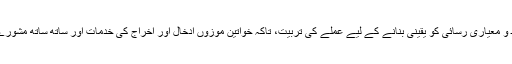
بایر ہیلتھ کیئر اے جی خدمات کی فراہمی کے بنیادی ڈھانچے اور عورتوں کو محفوظ و معیاری رسائی کو یقینی بنانے کے لیے عملے کی تربیت، تاکہ خواتین موزوں ادخال اور اخراج کی خدمات اور ساتھ ساتھ مشورے بھی حاصل کر سکیں، پر بھی شراکت دار گروپوں کے ساتھ مل کر کام کر رہا ہے۔